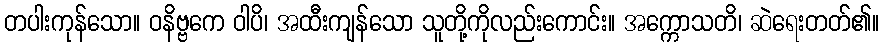
တပါးကုန်သော။ ဝနိဗ္ဗကေ ဝါပိ၊ အထီးကျန်သော သူတို့ကိုလည်းကောင်း။ အက္ကောသတိ၊ ဆဲရေးတတ်၏။